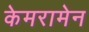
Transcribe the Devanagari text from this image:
केमरामेन